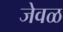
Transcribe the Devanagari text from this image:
जेवळ